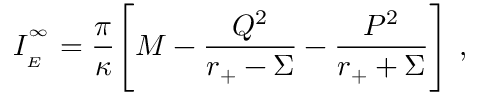
I _ { \phantom { } _ { E } } ^ { \phantom { } ^ { \infty } } = \frac { \pi } { \kappa } \Biggl [ M - \frac { Q ^ { 2 } } { r _ { + } - \Sigma } - \frac { P ^ { 2 } } { r _ { + } + \Sigma } \Biggr ] \ ,